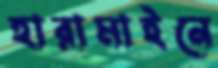
হারামাইনে